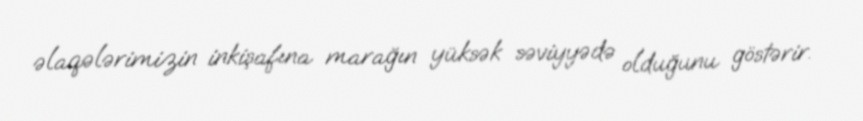
əlaqələrimizin inkişafına marağın yüksək səviyyədə olduğunu göstərir.